Indian Medical Review
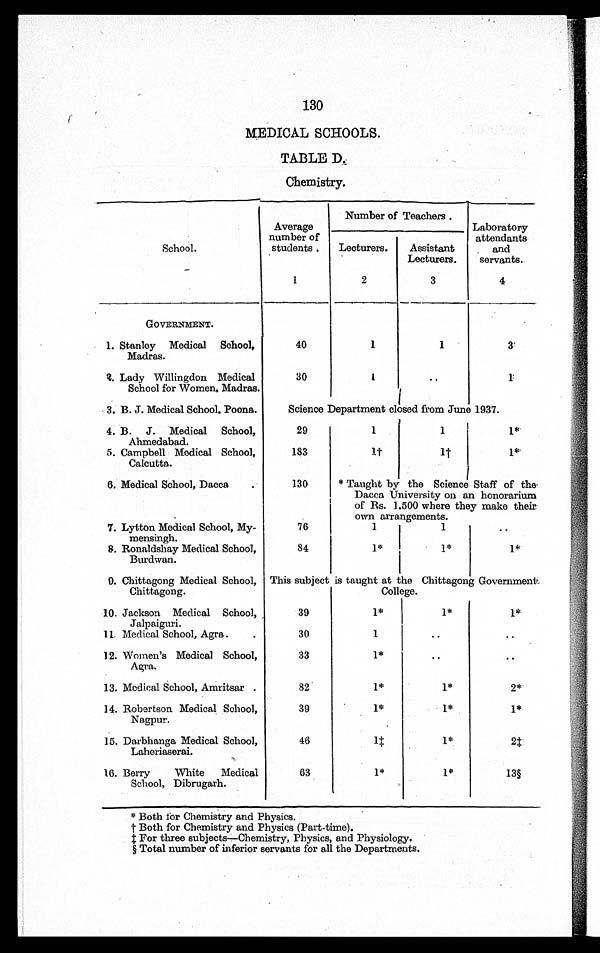
130
MEDICAL SCHOOLS.
TABLE D..
Chemistry.
School.
Average
number of
students.
Number of Teachers .
Laboratory
attendants
and
servants.
Lecturers.
Assistant
Lecturers.
1
2
3
4
GOVERNMENT.
1. Stanley Medical School,
Madras.
40
1
1
3
2. Lady Willingdon Medical
School for Women, Madras.
30
1
..
1
3. B. J. Medical School, Poona.
Science Department closed from June 1937.
4. B.J. Medical School,
Ahmedabad.
29
1
1
1 *
5. Campbell Medical School,
Calcutta.
183
1
1
1 *
6. Medical School, Dacca.
130
* Taught by the Science Staff of the
Dacca University on an honorarium
of Rs. 1,500 where they make their
own arrangements.
7. Lytton Medical School, My-
mensingh.
76
1
1
..
8. Ronaldshay Medical School,
Burdwan.
84
1 *
1 *
1 *
9. Chittagong Medical School,
Chittagong.
This subject is taught at the Chittagong Government
College.
10. Jackson Medical School,
Jalpaiguri.
39
1*
1 *
1 *
11. Medical School, Agra..
30
1
..
..
12. Women's Medical School,
Agra.
33
1 *
..
..
13. Medical School, Amritsar.
82
1*
1*
2 *
14. Robertson Medical School,
Nagpur.
39
1 *
1*
1 *
15. Darbhanga Medical School,
Laheriaserai.
46
1
1*
2
16. Berry White Medical
School, Dibrugarh.
63
1 *
1*
13
* Both for Chemistry and Physics.
Both for Chemistry and Physics (Part-time).
For three subjects—Chemistry, Physics, and Physiology.
Total number of inferior servants for all the Departments.